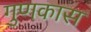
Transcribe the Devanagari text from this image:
गुणकास